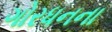
ગોરધનના